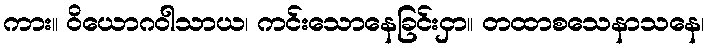
ကား။ ဝိယောဂဝါသာယ၊ ကင်းသောနေခြင်းငှာ။ တထာစသေနာသနေ၊